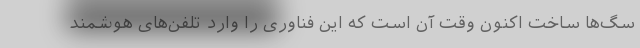
سگ‌ها ساخت اکنون وقت آن است که این فناوری را وارد تلفن‌های هوشمند